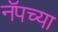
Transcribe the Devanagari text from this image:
नॅपच्या